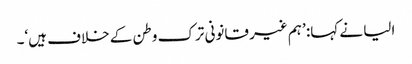
الیا نے کہا: ’ہم غیر قانونی ترک وطن کے خلاف ہیں‘۔